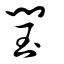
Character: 閠